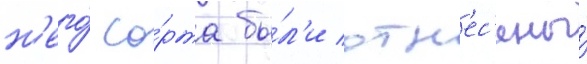
н'его́ со́рта бы́л'и отн'ес'ены́